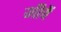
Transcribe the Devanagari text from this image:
मीचें